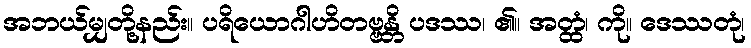
အဘယ်မျှတို့နည်း။ ပရိယောဂါဟိတဗ္ဗန္တိ ပဒဿ၊ ၏။ အတ္ထံ၊ ကို။ ဒေဿတုံ၊